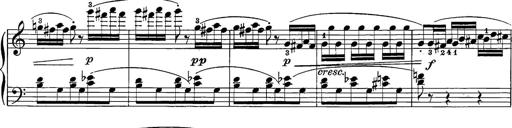
Title: 12 Sonatine per Pianoforte
Composer: Friedrich Kuhlau